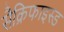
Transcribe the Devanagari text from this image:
सैक्रिफाइस्ड